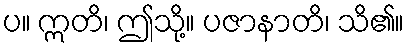
ပ။ ဣတိ၊ ဤသို့။ ပဇာနာတိ၊ သိ၏။